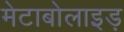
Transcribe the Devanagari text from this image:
मेटाबोलाइड़